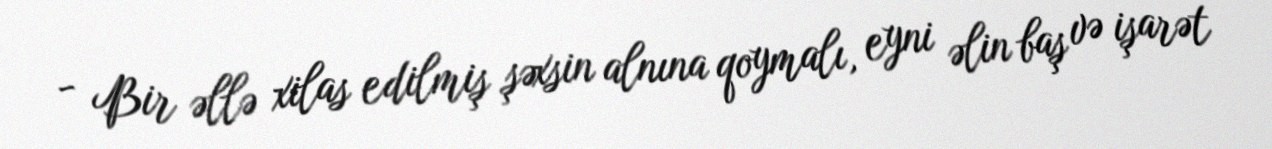
- Bir əllə xilas edilmiş şəxsin alnına qoymalı, eyni əlin baş və işarət